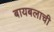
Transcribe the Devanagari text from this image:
बायबलाची